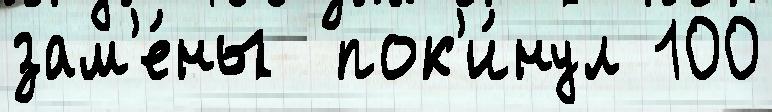
зам'е́ны  пок'и́нул 100